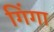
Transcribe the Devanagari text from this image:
गिंगा